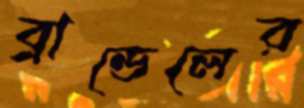
ব্রান্ডেলের